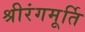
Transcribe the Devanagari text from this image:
श्रीरंगमूर्ति